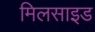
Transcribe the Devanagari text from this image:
मिलसाइड